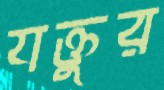
যক্তুর